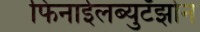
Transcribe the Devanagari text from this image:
फिनाईलब्युटॅझोन